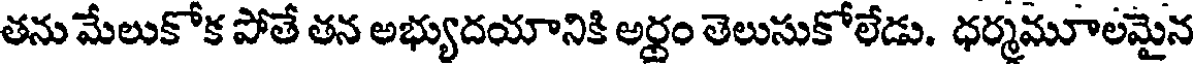
తను మేలుకోక పోతే తన అభ్యుదయానికి అర్ధం తెలుసుకోలేడు. ధర్మమూలమైన